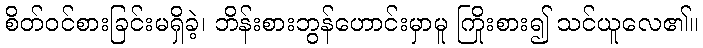
စိတ်ဝင်စားခြင်းမရှိခဲ့၊ ဘိန်းစားဘွန်ဟောင်းမှာမူ ကြိုးစား၍ သင်ယူလေ၏။